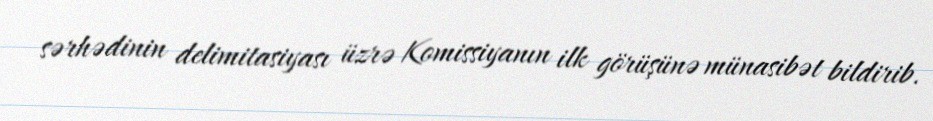
sərhədinin delimitasiyası üzrə Komissiyanın ilk görüşünə münasibət bildirib.